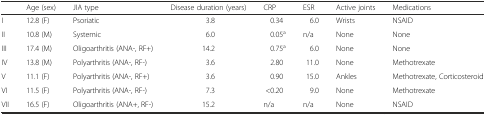
<table><thead><tr><td></td><td><b>Age (sex)</b></td><td><b>JIA type</b></td><td><b>Disease duration (years)</b></td><td><b>CRP</b></td><td><b>ESR</b></td><td><b>Active joints</b></td><td><b>Medications</b></td></tr></thead><tbody><tr><td>I</td><td>12.8 (F)</td><td>Psoriatic</td><td>3.8</td><td>0.34</td><td>6.0</td><td>Wrists</td><td>NSAID</td></tr><tr><td>II</td><td>10.8 (M)</td><td>Systemic</td><td>6.0</td><td>0.05<sup>a</sup></td><td>n/a</td><td>None</td><td>None</td></tr><tr><td>III</td><td>17.4 (M)</td><td>Oligoarthritis (ANA-, RF+)</td><td>14.2</td><td>0.75<sup>a</sup></td><td>6.0</td><td>None</td><td>None</td></tr><tr><td>IV</td><td>13.8 (M)</td><td>Polyarthritis (ANA-, RF-)</td><td>3.6</td><td>2.80</td><td>11.0</td><td>None</td><td>Methotrexate</td></tr><tr><td>V</td><td>11.1 (F)</td><td>Polyarthritis (ANA-, RF+)</td><td>3.6</td><td>0.90</td><td>15.0</td><td>Ankles</td><td>Methotrexate, Corticosteroid</td></tr><tr><td>VI</td><td>11.5 (F)</td><td>Polyarthritis (ANA-, RF-)</td><td>7.3</td><td>&lt;0.20</td><td>9.0</td><td>None</td><td>Methotrexate</td></tr><tr><td>VII</td><td>16.5 (F)</td><td>Oligoarthritis (ANA+, RF-)</td><td>15.2</td><td>n/a</td><td>n/a</td><td>None</td><td>NSAID</td></tr></tbody></table>